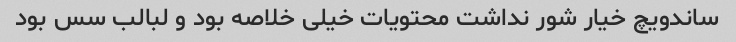
ساندویچ خیار شور نداشت محتویات خیلی خلاصه بود و لبالب سس بود